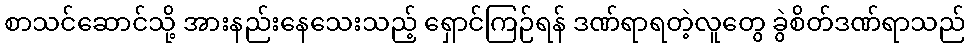
စာသင်ဆောင်သို့ အားနည်းနေသေးသည့် ရှောင်ကြဉ်ရန် ဒဏ်ရာရတဲ့လူတွေ ခွဲစိတ်ဒဏ်ရာသည်